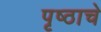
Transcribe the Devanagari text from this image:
पृष्ठाचे